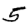
Digit: 5